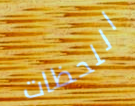
اللحظات